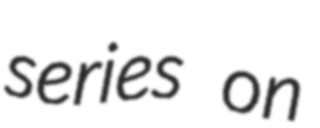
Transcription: series on